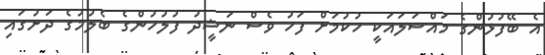
އެ ބޭފުޅުންގެ މައްސަލައަކީ ހުކުމަށް ފަހު ވެސް ނަޝީދު ފުލުހުންގެ ބެލުމުގެ ދަށުގައި